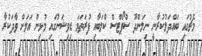
މެޗުގައި ބައްދަލުކުރާނީ ނިލަންދޫ ސްޕޯޓްސް ކްލަބާއި ފުރަތަމަ ޑިވިޝަނުގައި މުޅިން އަލަށް ވާދަކުރާ